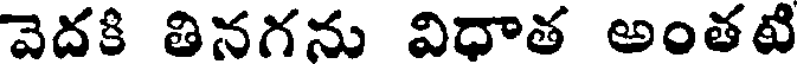
వెదకి తినగను విధాత అంతటి